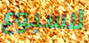
لاسبوع